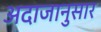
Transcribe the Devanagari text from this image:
अदाजानुसार